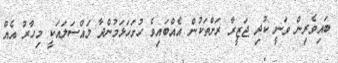
ބައިވެރިން ވަނީ ކުދި ޖަޒީރާ ރަށްތަކުން އެއްބައިވެ ހުށަހަޅަމުންދާ މައްސަލައަކީ މިހާރު އެއް